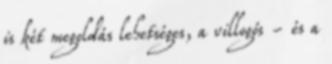
is két megoldás lehetséges, a villogós - és a